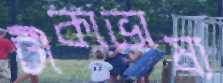
টীকাভাষ্য